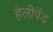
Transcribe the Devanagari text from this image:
हेलीपॅड